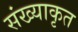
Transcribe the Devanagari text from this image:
संख्याकृत